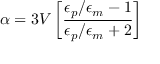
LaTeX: \alpha = 3 V \left[ { \frac { \epsilon _ { p } / \epsilon _ { m } - 1 } { \epsilon _ { p } / \epsilon _ { m } + 2 } } \right]